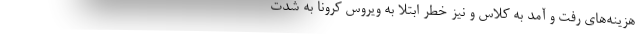
هزینه‌های رفت و آمد به کلاس و نیز خطر ابتلا به ویروس کرونا به شدت